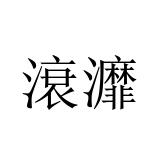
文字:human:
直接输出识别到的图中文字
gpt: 滖灖